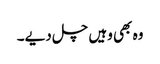
وہ بھی وہیں چل دیے۔